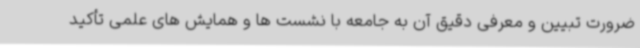
ضرورت تبیین و معرفی دقیق آن به جامعه با نشست ها و همایش های علمی تأکید